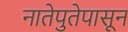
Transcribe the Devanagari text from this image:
नातेपुतेपासून